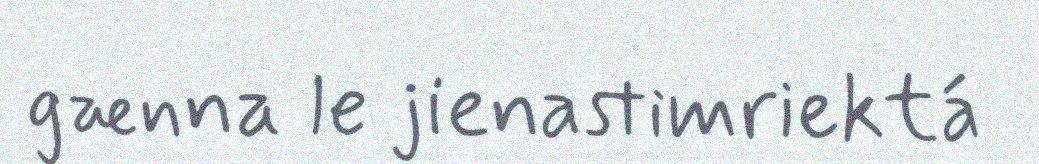
gænna le jienastimriektá